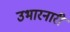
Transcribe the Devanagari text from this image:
उभारनारी